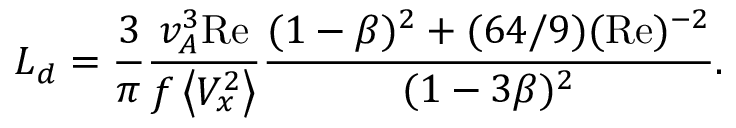
L _ { d } = \frac { 3 } { \pi } \frac { v _ { A } ^ { 3 } \mathrm { R e } } { f \left< V _ { x } ^ { 2 } \right> } \frac { ( 1 - \beta ) ^ { 2 } + ( 6 4 / 9 ) ( \mathrm { R e } ) ^ { - 2 } } { ( 1 - 3 \beta ) ^ { 2 } } .